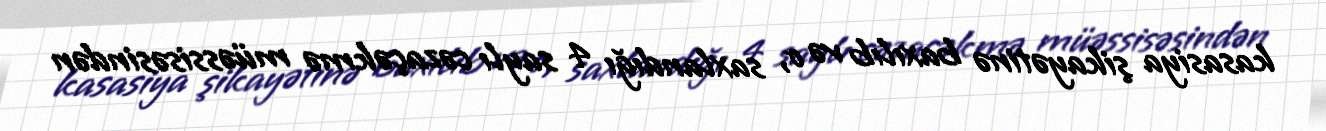
kasasiya şikayətinə baxılıb və o, saxlandığı 4 saylı cəzaçəkmə müəssisəsindən